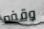
وقفه